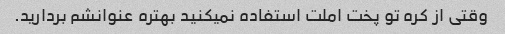
وقتی از کره تو پخت املت استفاده نمیکنید بهتره عنوانشم بردارید.